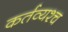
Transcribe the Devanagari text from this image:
कर्तव्यश्च